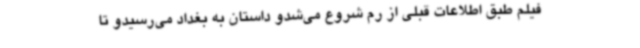
فیلم طبق اطلاعات قبلی از رم شروع می‌شدو داستان به بغداد می‌رسیدو تا